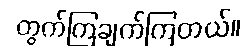
တွက်ကြချက်ကြတယ်။